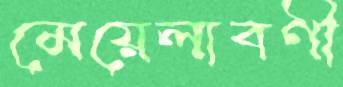
মেয়েলাবণী